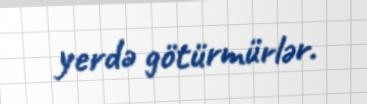
yerdə götürmürlər.